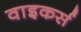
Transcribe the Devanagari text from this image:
वाइकर्स